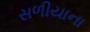
સળીયાના